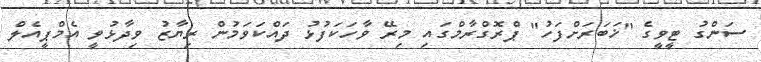
ސަންގު ޓީވީގެ "ޚަބަރަށްފަހު" ޕްރޮގްރާމްގައި މިރޭ ވާހަކަފުޅު ދައްކަވަމުން ރިޔާޒު ވިދާޅުވީ އެމްޕީއެލް